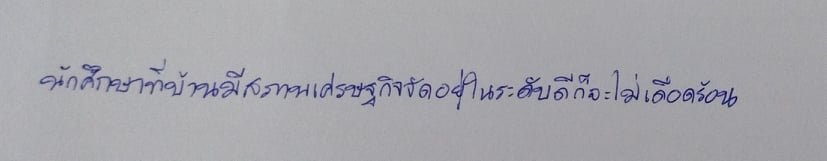
นักศึกษาที่บ้านมีสภาพเศรษฐกิจจัดอยู่ในระดับดีก็จะไม่เดือดร้อน